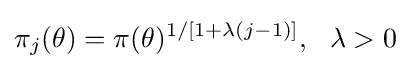
\pi _{j}(\theta )=\pi (\theta )^{1/[1+\lambda (j-1)]},\ \ \lambda >0